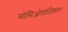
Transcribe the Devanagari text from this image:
सोसिओलोजिकल